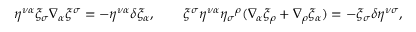
\eta ^ { \nu \alpha } \xi _ { \sigma } \nabla _ { \alpha } \xi ^ { \sigma } = - \eta ^ { \nu \alpha } \delta \xi _ { \alpha } , \qquad \xi ^ { \sigma } \eta ^ { \nu \alpha } \eta _ { \sigma } { ^ { \rho } } ( \nabla _ { \alpha } \xi _ { \rho } + \nabla _ { \rho } \xi _ { \alpha } ) = - \xi _ { \sigma } \delta \eta ^ { \nu \sigma } ,